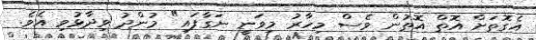
އެގޮތަށް އޮތް އޮތުން ވެސް މިހާރު މިވަނީ ނަގާފައި" މުންދު ވިދާޅުވި އެވެ.